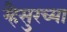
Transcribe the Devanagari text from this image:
म्हैसुरच्या